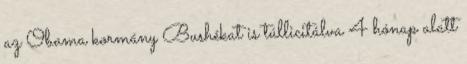
az Obama kormány Bushékat is túllicitálva 4 hónap alatt